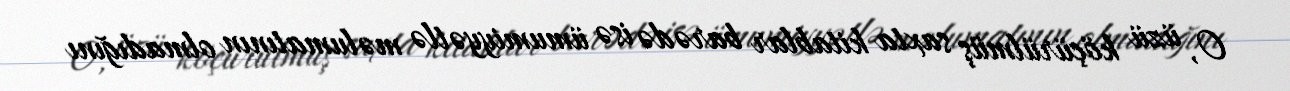
O, üzü köçürülmüş saxta kitablar barədə isə ümumiyyətlə məlumatının olmadığını